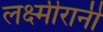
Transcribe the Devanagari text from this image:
लक्ष्मीरानी